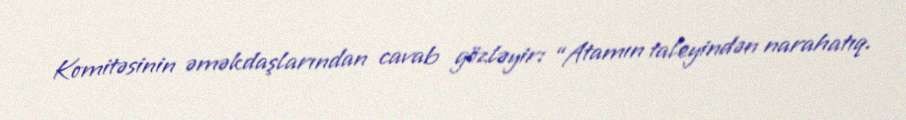
Komitəsinin əməkdaşlarından cavab gözləyir: “Atamın taleyindən narahatıq.